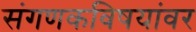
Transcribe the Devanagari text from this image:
संगणकविषयांवर